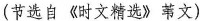
(节选自《时文精选》书文)